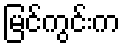
မြင်ကွင်းက